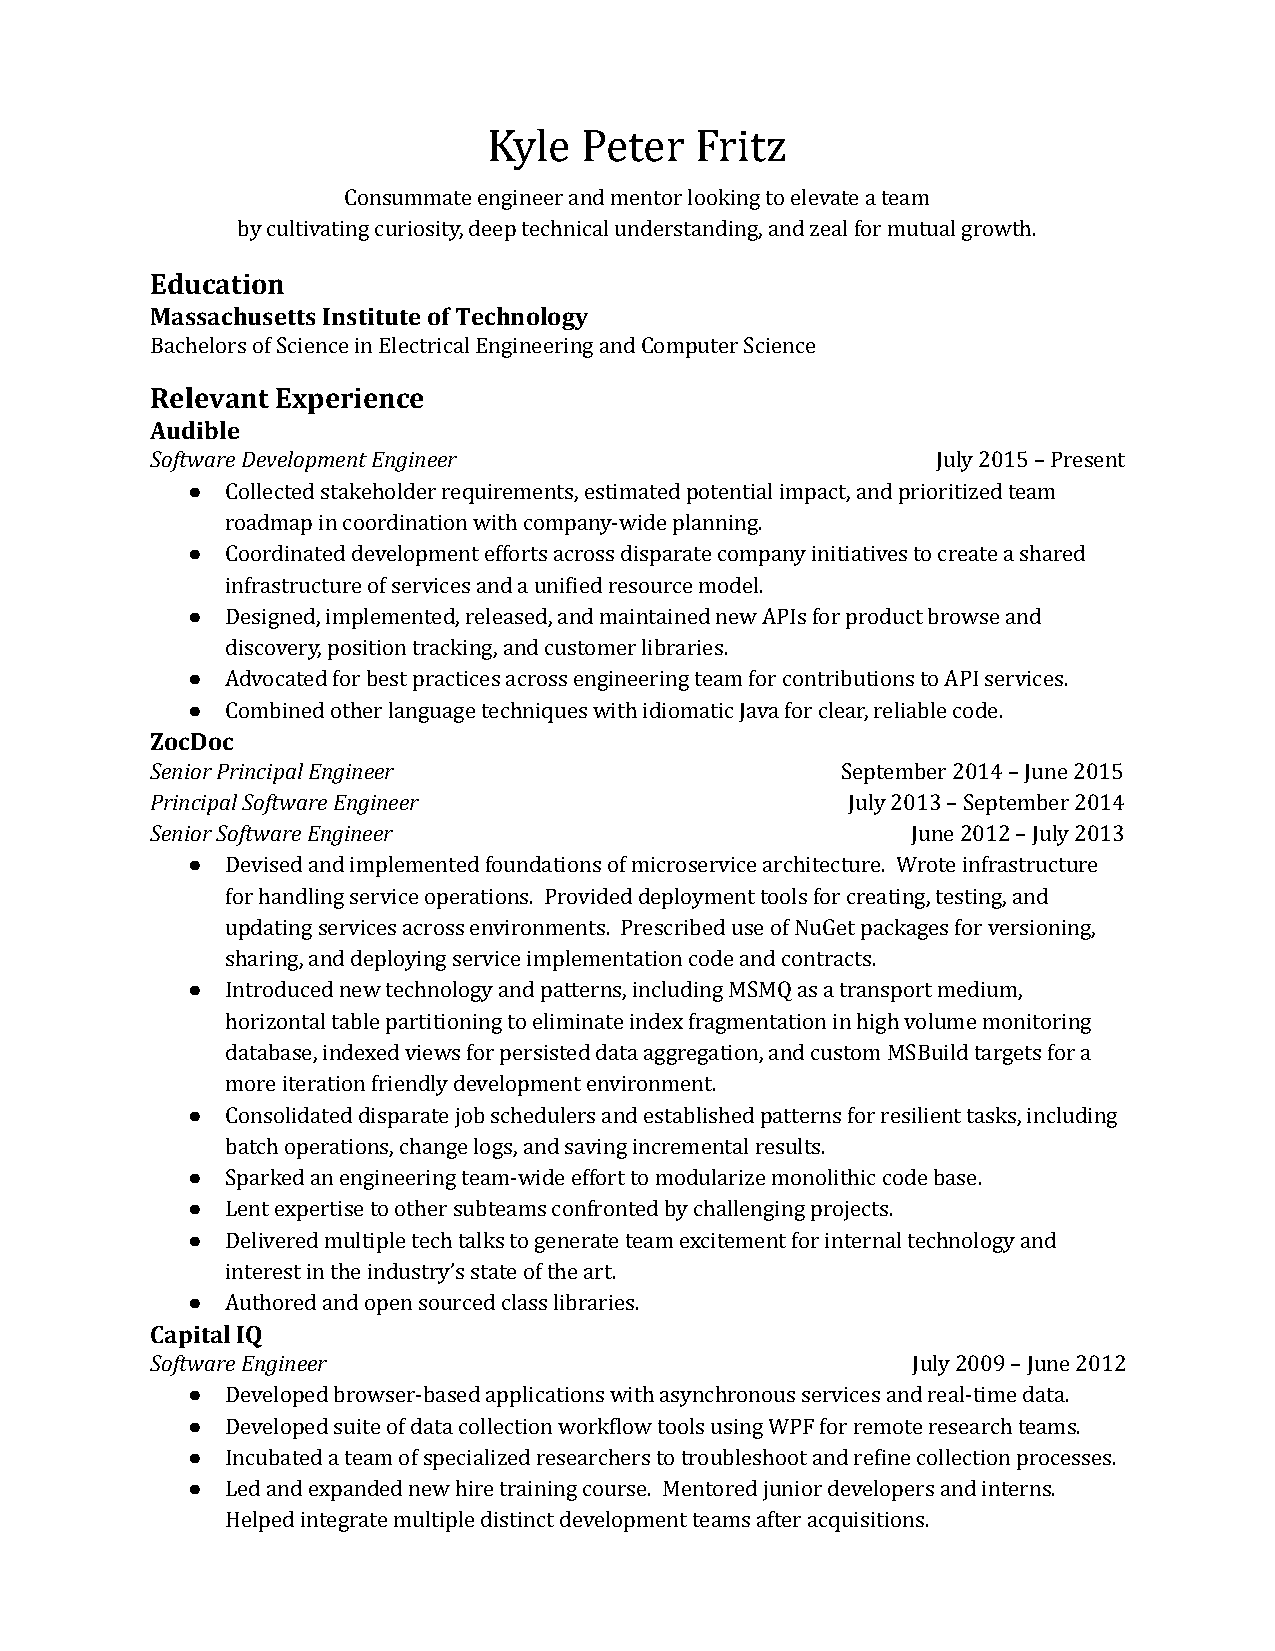
Kyle  Peter   Fritz
 Consummate engineer and mentor looking to elevate a team
 by cultivating curiosity, deep technical understanding, and zeal for mutual growth.
 Education
 Massachusetts Institute of Technology
 Bachelors of Science in Electrical Engineering and Computer Science
 Relevant Experience
 Audible
 Software Development Engineer                       July 2015 – Present
 ●  Collected stakeholder requirements, estimated potential impact, and prioritized team
 roadmap in coordination with company‑wide planning.
 ●  Coordinated development efforts across disparate company initiatives to create a shared
 infrastructure of services and a uni韛ied resource model.
 ●  Designed, implemented, released, and maintained new APIs for product browse and
 discovery, position tracking, and customer libraries.
 ●  Advocated for best practices across engineering team for contributions to API services.
 ●  Combined other language techniques with idiomatic Java for clear, reliable code.
 ZocDoc
 Senior Principal Engineer                     September 2014 – June 2015
 Principal Software Engineer                   July 2013 – September 2014
 Senior Software Engineer                          June 2012 – July 2013
 ●  Devised and implemented foundations of microservice architecture. Wrote infrastructure
 for handling service operations. Provided deployment tools for creating, testing, and
 updating services across environments. Prescribed use of NuGet packages for versioning,
 sharing, and deploying service implementation code and contracts.
 ●  Introduced new technology and patterns, including MSMQ as a transport medium,
 horizontal table partitioning to eliminate index fragmentation in high volume monitoring
 database, indexed views for persisted data aggregation, and custom MSBuild targets for a
 more iteration friendly development environment.
 ●  Consolidated disparate job schedulers and established patterns for resilient tasks, including
 batch operations, change logs, and saving incremental results.
 ●  Sparked an engineering team‑wide effort to modularize monolithic code base.
 ●  Lent expertise to other subteams confronted by challenging projects.
 ●  Delivered multiple tech talks to generate team excitement for internal technology and
 interest in the industry’s state of the art.
 ●  Authored and open sourced class libraries.
 Capital IQ
 Software Engineer                                 July 2009 – June 2012
 ●  Developed browser‑based applications with asynchronous services and real‑time data.
 ●  Developed suite of data collection work韛low tools using WPF for remote research teams.
 ●  Incubated a team of specialized researchers to troubleshoot and re韛ine collection processes.
 ●  Led and expanded new hire training course. Mentored junior developers and interns.
 Helped integrate multiple distinct development teams after acquisitions.